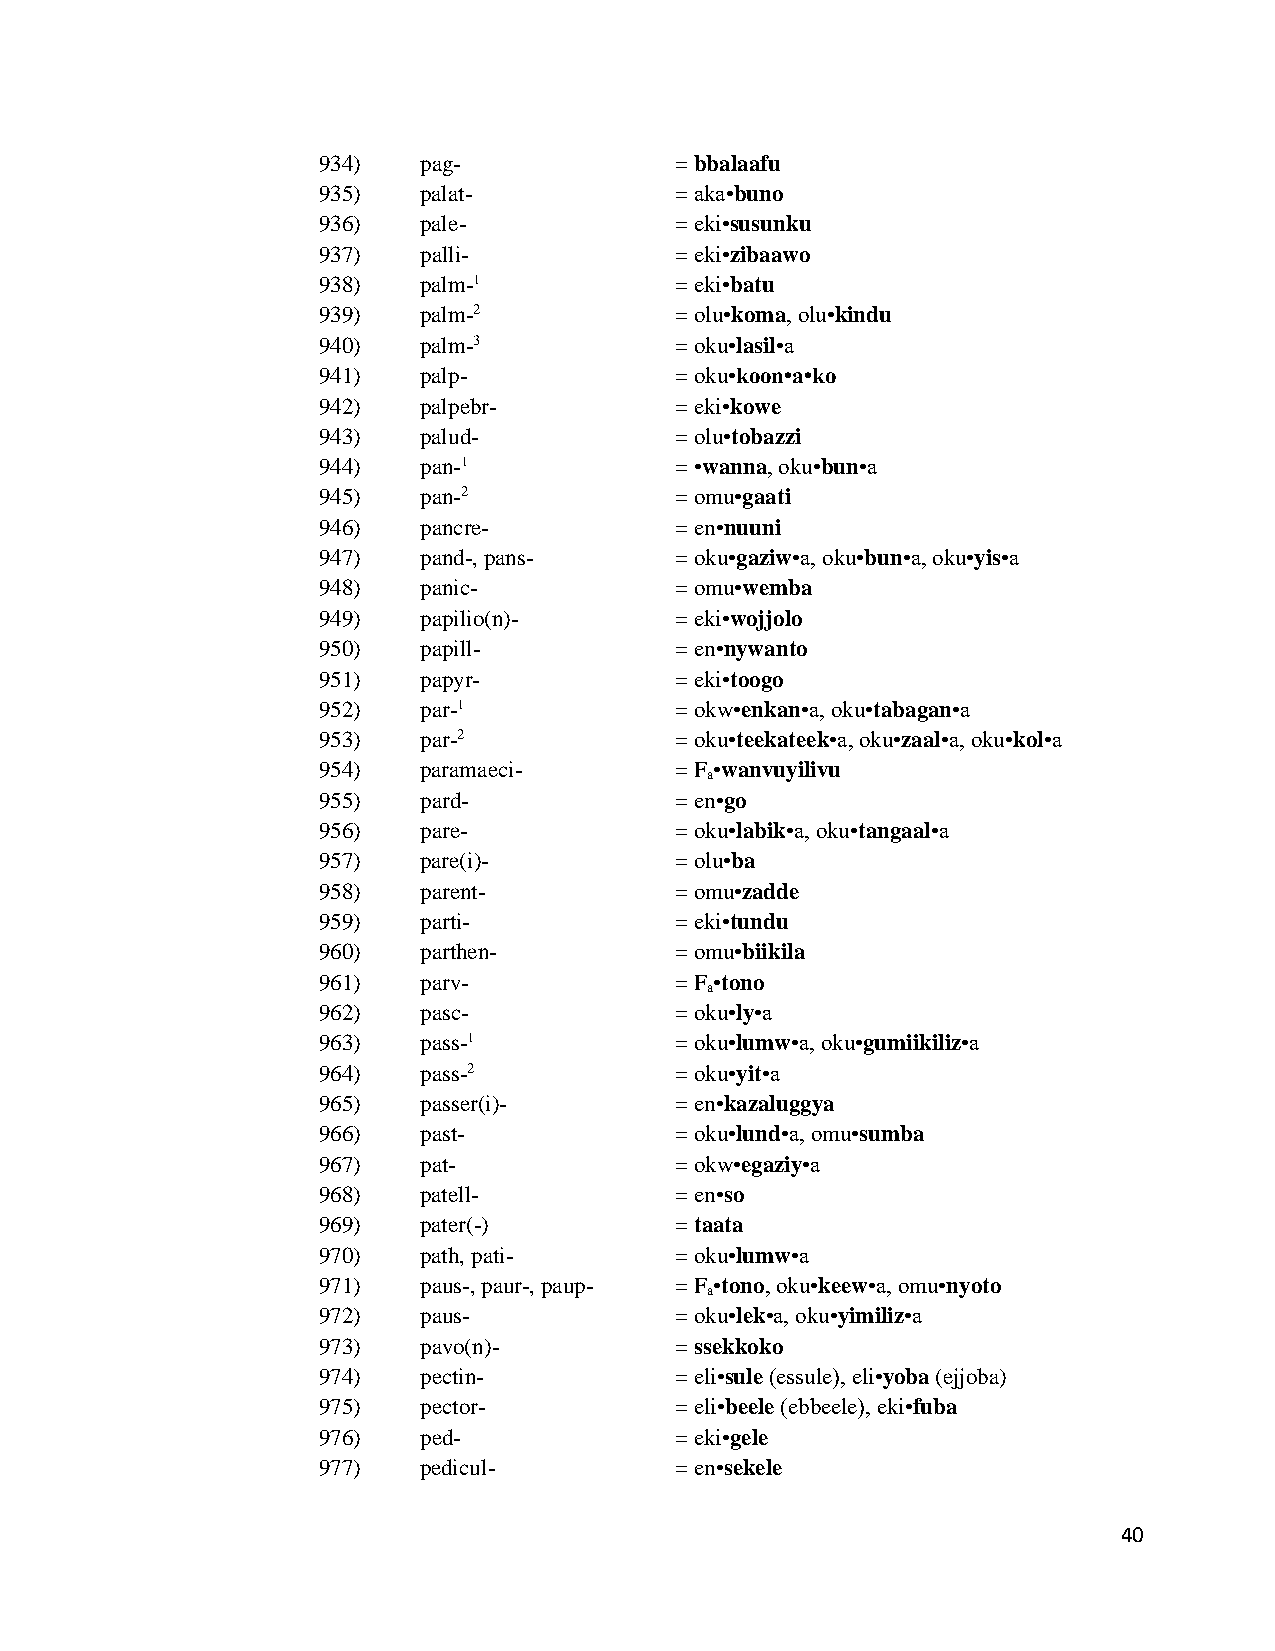
934)   pag-             = bbalaafu
 935)   palat-           = aka•buno
 936)   pale-            = eki•susunku
 937)   palli-           = eki•zibaawo
 938)   palm-1           = eki•batu
 939)   palm-2           = olu•koma, olu•kindu
 940)   palm-3           = oku•lasil•a
 941)   palp-            = oku•koon•a•ko
 942)   palpebr-         = eki•kowe
 943)   palud-           = olu•tobazzi
 944)   pan-1            = •wanna, oku•bun•a
 945)   pan-2            = omu•gaati
 946)   pancre-          = en•nuuni
 947)   pand-, pans-     = oku•gaziw•a, oku•bun•a, oku•yis•a
 948)   panic-           = omu•wemba
 949)   papilio(n)-      = eki•wojjolo
 950)   papill-          = en•nywanto
 951)   papyr-           = eki•toogo
 952)   par-1            = okw•enkan•a, oku•tabagan•a
 953)   par-2            = oku•teekateek•a, oku•zaal•a, oku•kol•a
 954)   paramaeci-       = F •wanvuyilivu
 a
 955)   pard-            = en•go
 956)   pare-            = oku•labik•a, oku•tangaal•a
 957)   pare(i)-         = olu•ba
 958)   parent-          = omu•zadde
 959)   parti-           = eki•tundu
 960)   parthen-         = omu•biikila
 961)   parv-            = F •tono
 a
 962)   pasc-            = oku•ly•a
 963)   pass-1           = oku•lumw•a, oku•gumiikiliz•a
 964)   pass-2           = oku•yit•a
 965)   passer(i)-       = en•kazaluggya
 966)   past-            = oku•lund•a, omu•sumba
 967)   pat-             = okw•egaziy•a
 968)   patell-          = en•so
 969)   pater(-)         = taata
 970)   path, pati-      = oku•lumw•a
 971)   paus-, paur-, paup- = F •tono, oku•keew•a, omu•nyoto
 a
 972)   paus-            = oku•lek•a, oku•yimiliz•a
 973)   pavo(n)-         = ssekkoko
 974)   pectin-          = eli•sule (essule), eli•yoba (ejjoba)
 975)   pector-          = eli•beele (ebbeele), eki•fuba
 976)   ped-             = eki•gele
 977)   pedicul-         = en•sekele
 40